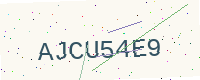
Text: AJCU54E9